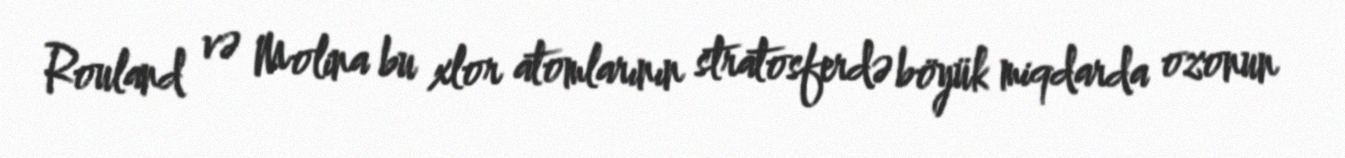
Rouland və Molina bu xlor atomlarının stratosferdə böyük miqdarda ozonun